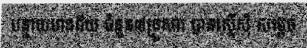
បន្ទាយមានជ័យ ចំនួន៧គ្រួសារ បានស្នើសុំ សម្តេច